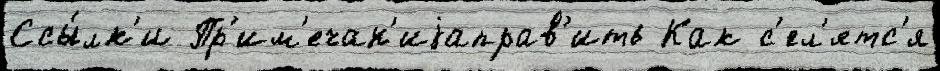
Ссы́лк'и Пр'им'ечан'иjаправ'ить Как с'ел'ятс'я